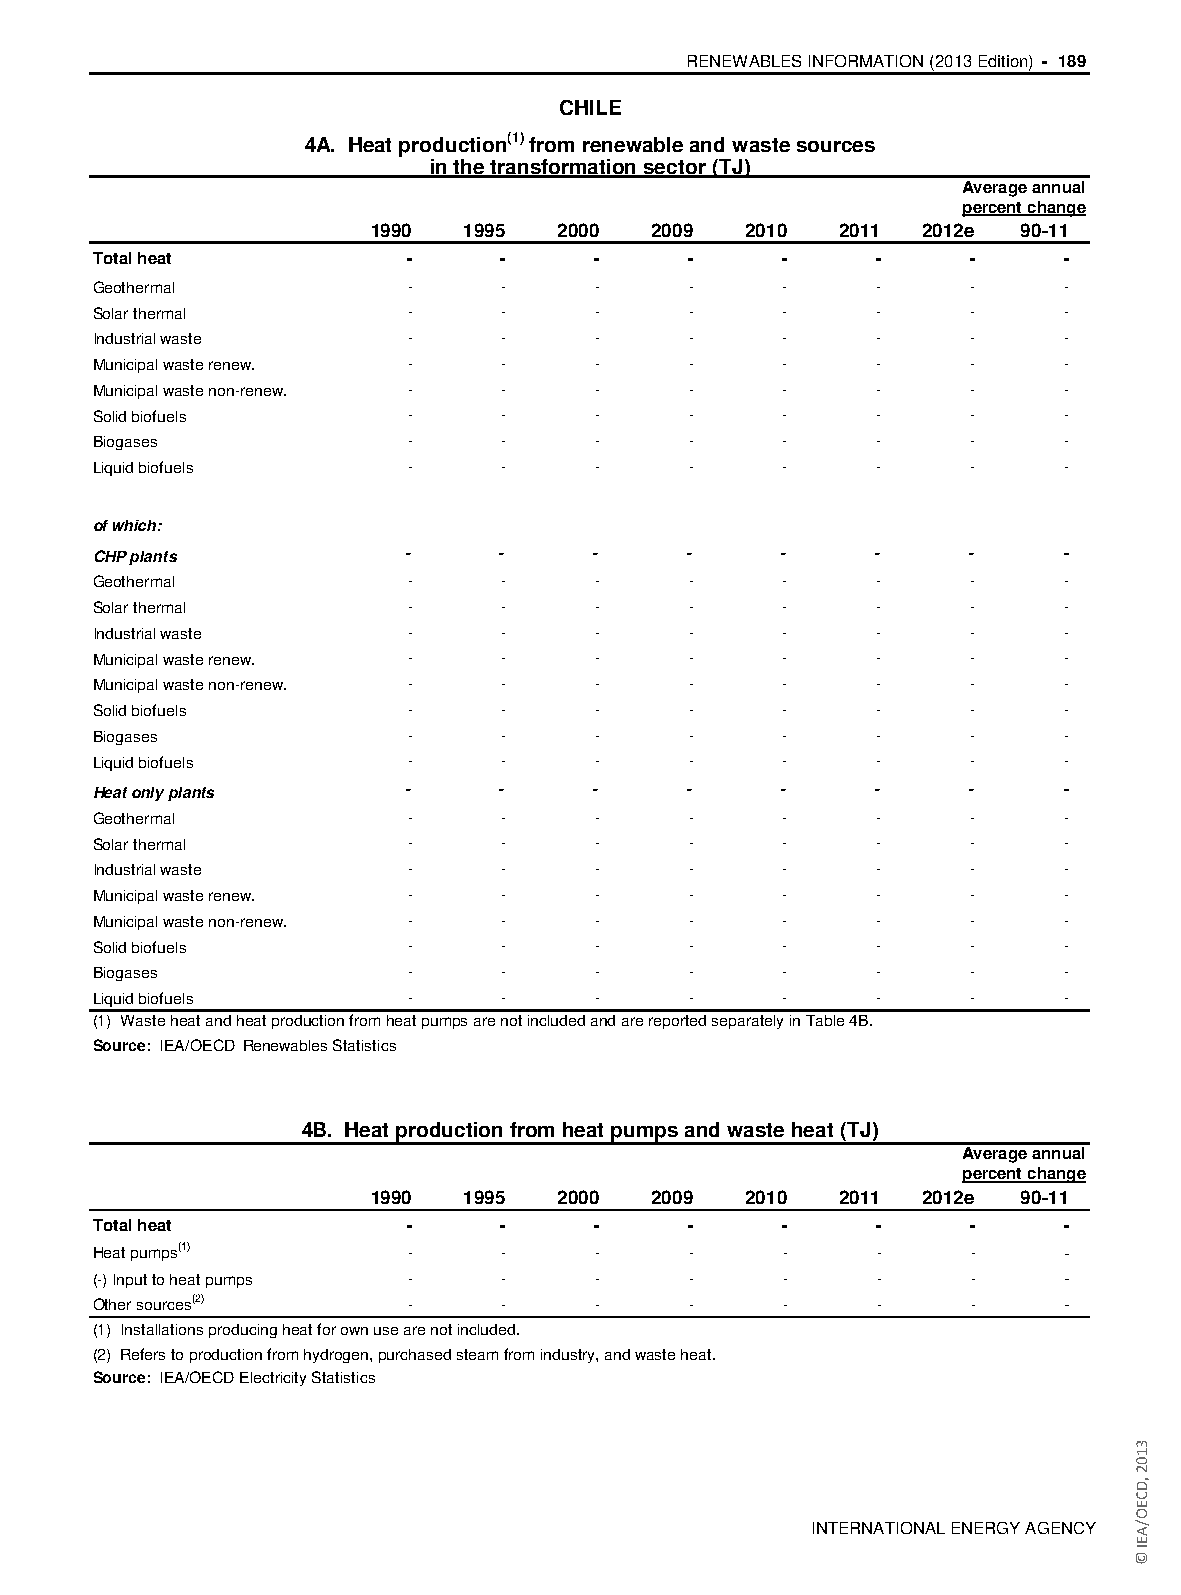
RENEWABLES INFORMATION (2013 Edition) - 189
 CHILE
 4A. Heat production(1) from renewable and waste sources
 in the transformation sector (TJ)
 Average annual
 percent change
 1990   1995  2000  2009  2010  2011  2012e 90-11
 Total heat           -     -     -     -      -     -     -     -
 Geothermal           -     -     -      -     -     -     -     -
 Solar thermal        -     -     -      -     -     -     -     -
 Industrial waste     -     -     -      -     -     -     -     -
 Municipal waste renew. -   -     -      -     -     -     -     -
 Municipal waste non-renew. - -   -      -     -     -     -     -
 Solid biofuels       -     -     -      -     -     -     -     -
 Biogases             -     -     -      -     -     -     -     -
 Liquid biofuels      -     -     -      -     -     -     -     -
 of which:
 CHP plants           -     -     -     -      -     -     -     -
 Geothermal           -     -     -      -     -     -     -     -
 Solar thermal        -     -     -      -     -     -     -     -
 Industrial waste     -     -     -      -     -     -     -     -
 Municipal waste renew. -   -     -      -     -     -     -     -
 Municipal waste non-renew. - -   -      -     -     -     -     -
 Solid biofuels       -     -     -      -     -     -     -     -
 Biogases             -     -     -      -     -     -     -     -
 Liquid biofuels      -     -     -      -     -     -     -     -
 Heat only plants     -     -     -     -      -     -     -     -
 Geothermal           -     -     -      -     -     -     -     -
 Solar thermal        -     -     -      -     -     -     -     -
 Industrial waste     -     -     -      -     -     -     -     -
 Municipal waste renew. -   -     -      -     -     -     -     -
 Municipal waste non-renew. - -   -      -     -     -     -     -
 Solid biofuels       -     -     -      -     -     -     -     -
 Biogases             -     -     -      -     -     -     -     -
 Liquid biofuels      -     -     -      -     -     -     -     -
 (1) Waste heat and heat production from heat pumps are not included and are reported separately in Table 4B.
 Source: IEA/OECD Renewables Statistics
 4B. Heat production from heat pumps and waste heat (TJ)
 Average annual
 percent change
 1990   1995  2000  2009  2010  2011  2012e 90-11
 Total heat           -     -     -     -      -     -     -     -
 Heat pumps(1)        -     -     -      -     -     -     -     -
 (-) Input to heat pumps -  -     -      -     -     -     -     -
 Other sources(2)     -     -     -      -     -     -     -     -
 (1) Installations producing heat for own use are not included.
 (2) Refers to production from hydrogen, purchased steam from industry, and waste heat.
 Source: IEA/OECD Electricity Statistics
 INTERNATIONAL ENERGY AGENCY
 3102
 ,DCEO/AEI
 ©